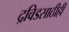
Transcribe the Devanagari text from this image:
द्रविडसाठीही